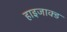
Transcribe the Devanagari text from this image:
हाइजाक्ड